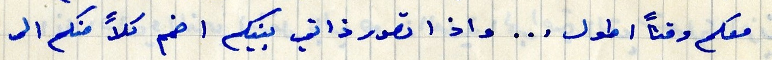
معكم وقتاَ اطول ... واذ اتصور ذاتي بينكم اضمم كلاً منكم الى